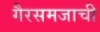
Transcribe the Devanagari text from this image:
गैरसमजाची